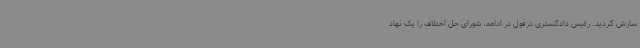
سازش گردید. رئیس دادگستری دزفول در ادامه، شورای حل اختلاف را یک نهاد